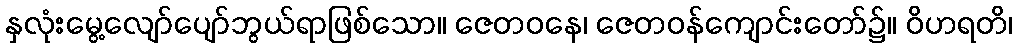
နှလုံးမွေ့လျော်ပျော်ဘွယ်ရာဖြစ်သော။ ဇေတဝနေ၊ ဇေတဝန်ကျောင်းတော်၌။ ဝိဟရတိ၊